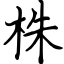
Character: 株